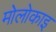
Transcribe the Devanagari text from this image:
मोलोकाइ